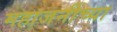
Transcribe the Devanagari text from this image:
महाजनींच्या